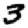
Digit: 3